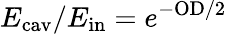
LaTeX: E_{\mathrm{cav}}/E_{\mathrm{in}}={e}^{-\mathrm{OD}/2}